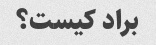
براد کیست؟